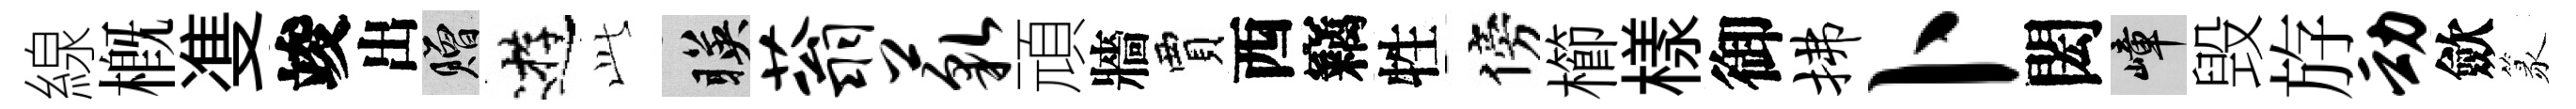
線概㕠竣出贈逰𬼘暎蓊藐頑牆賈西竊牲傍櫛樣御拂卜閎嶂毁斿动歛篆